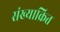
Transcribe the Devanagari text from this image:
संख्याक्रित